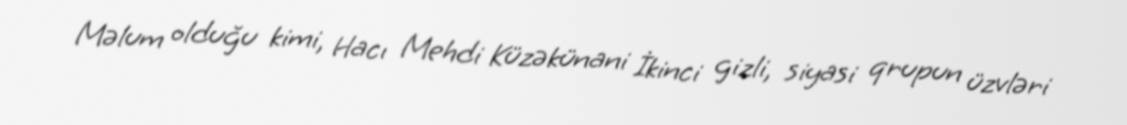
Məlum olduğu kimi, Hacı Mehdi Küzəkünani İkinci gizli, siyasi qrupun üzvləri